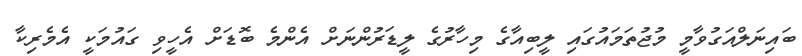
ބައިނަލްއަގުވާމީ މުޖުތަމައުގައި ލީބިއާގެ މިހާރުގެ ލީޑަރުންނަށް އެންމެ ބޮޑަށް އެހީވި ގައުމަކީ އެމެރިކާ